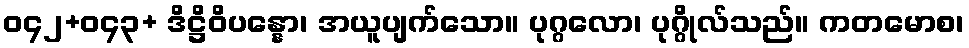
ဝ၄၂+ဝ၄၃+ ဒိဋ္ဌိဝိပန္နော၊ အယူပျက်သော။ ပုဂ္ဂလော၊ ပုဂ္ဂိုလ်သည်။ ကတမောစ၊